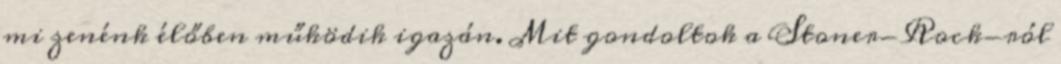
mi zenénk élőben működik igazán. Mit gondoltok a Stoner-Rock-ról